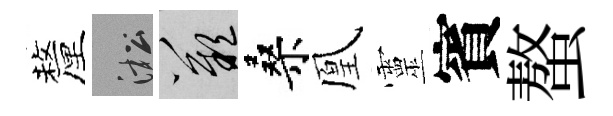
釐淞嘆桑凰靈賓螯